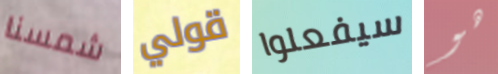
شمسنا قولي سيفعلوا هو